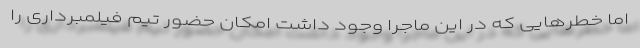
اما خطرهایی که در این ماجرا وجود داشت امکان حضور تیم فیلمبرداری را